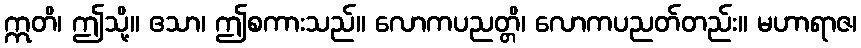
ဣတိ၊ ဤသို့။ ဧသာ၊ ဤစကားသည်။ လောကပညတ္တိ၊ လောကပညတ်တည်း။ မဟာရာဇ၊